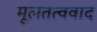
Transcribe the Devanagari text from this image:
मूलतत्ववाद